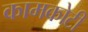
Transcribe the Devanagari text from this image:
कामकोटी